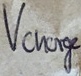
Text: Vcharge